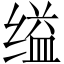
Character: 缢